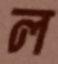
ল